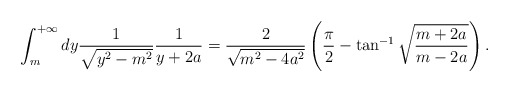
\begin{align*}\int_{m}^{+\infty}dy \frac{1}{\sqrt{y^2 - m^2}}\frac{1}{y+2a}= \frac{2}{\sqrt{m^2 - 4a^2}}\left( \frac{\pi}{2}-\tan^{-1}\sqrt{\frac{m+2a}{m-2a}}\right).\end{align*}